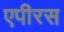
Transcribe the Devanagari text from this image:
एपीरस